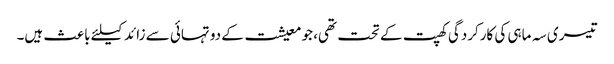
تیسری سہ ماہی کی کارکردگی کھپت کے تحت تھی، جو معیشت کے دو تہائی سے زائد کیلئے باعث ہیں۔